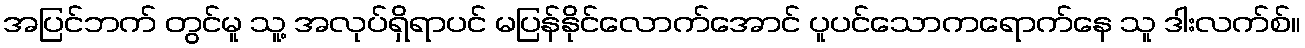
အပြင်ဘက် တွင်မူ သူ့ အလုပ်ရှိရာပင် မပြန်နိုင်လောက်အောင် ပူပင်သောကရောက်နေ သူ ဒါးလက်စ်။